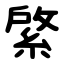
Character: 綮